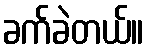
ခက်ခဲတယ်။